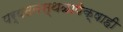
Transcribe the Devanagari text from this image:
पर्यटनस्थळापेक्षाही